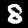
Digit: 8